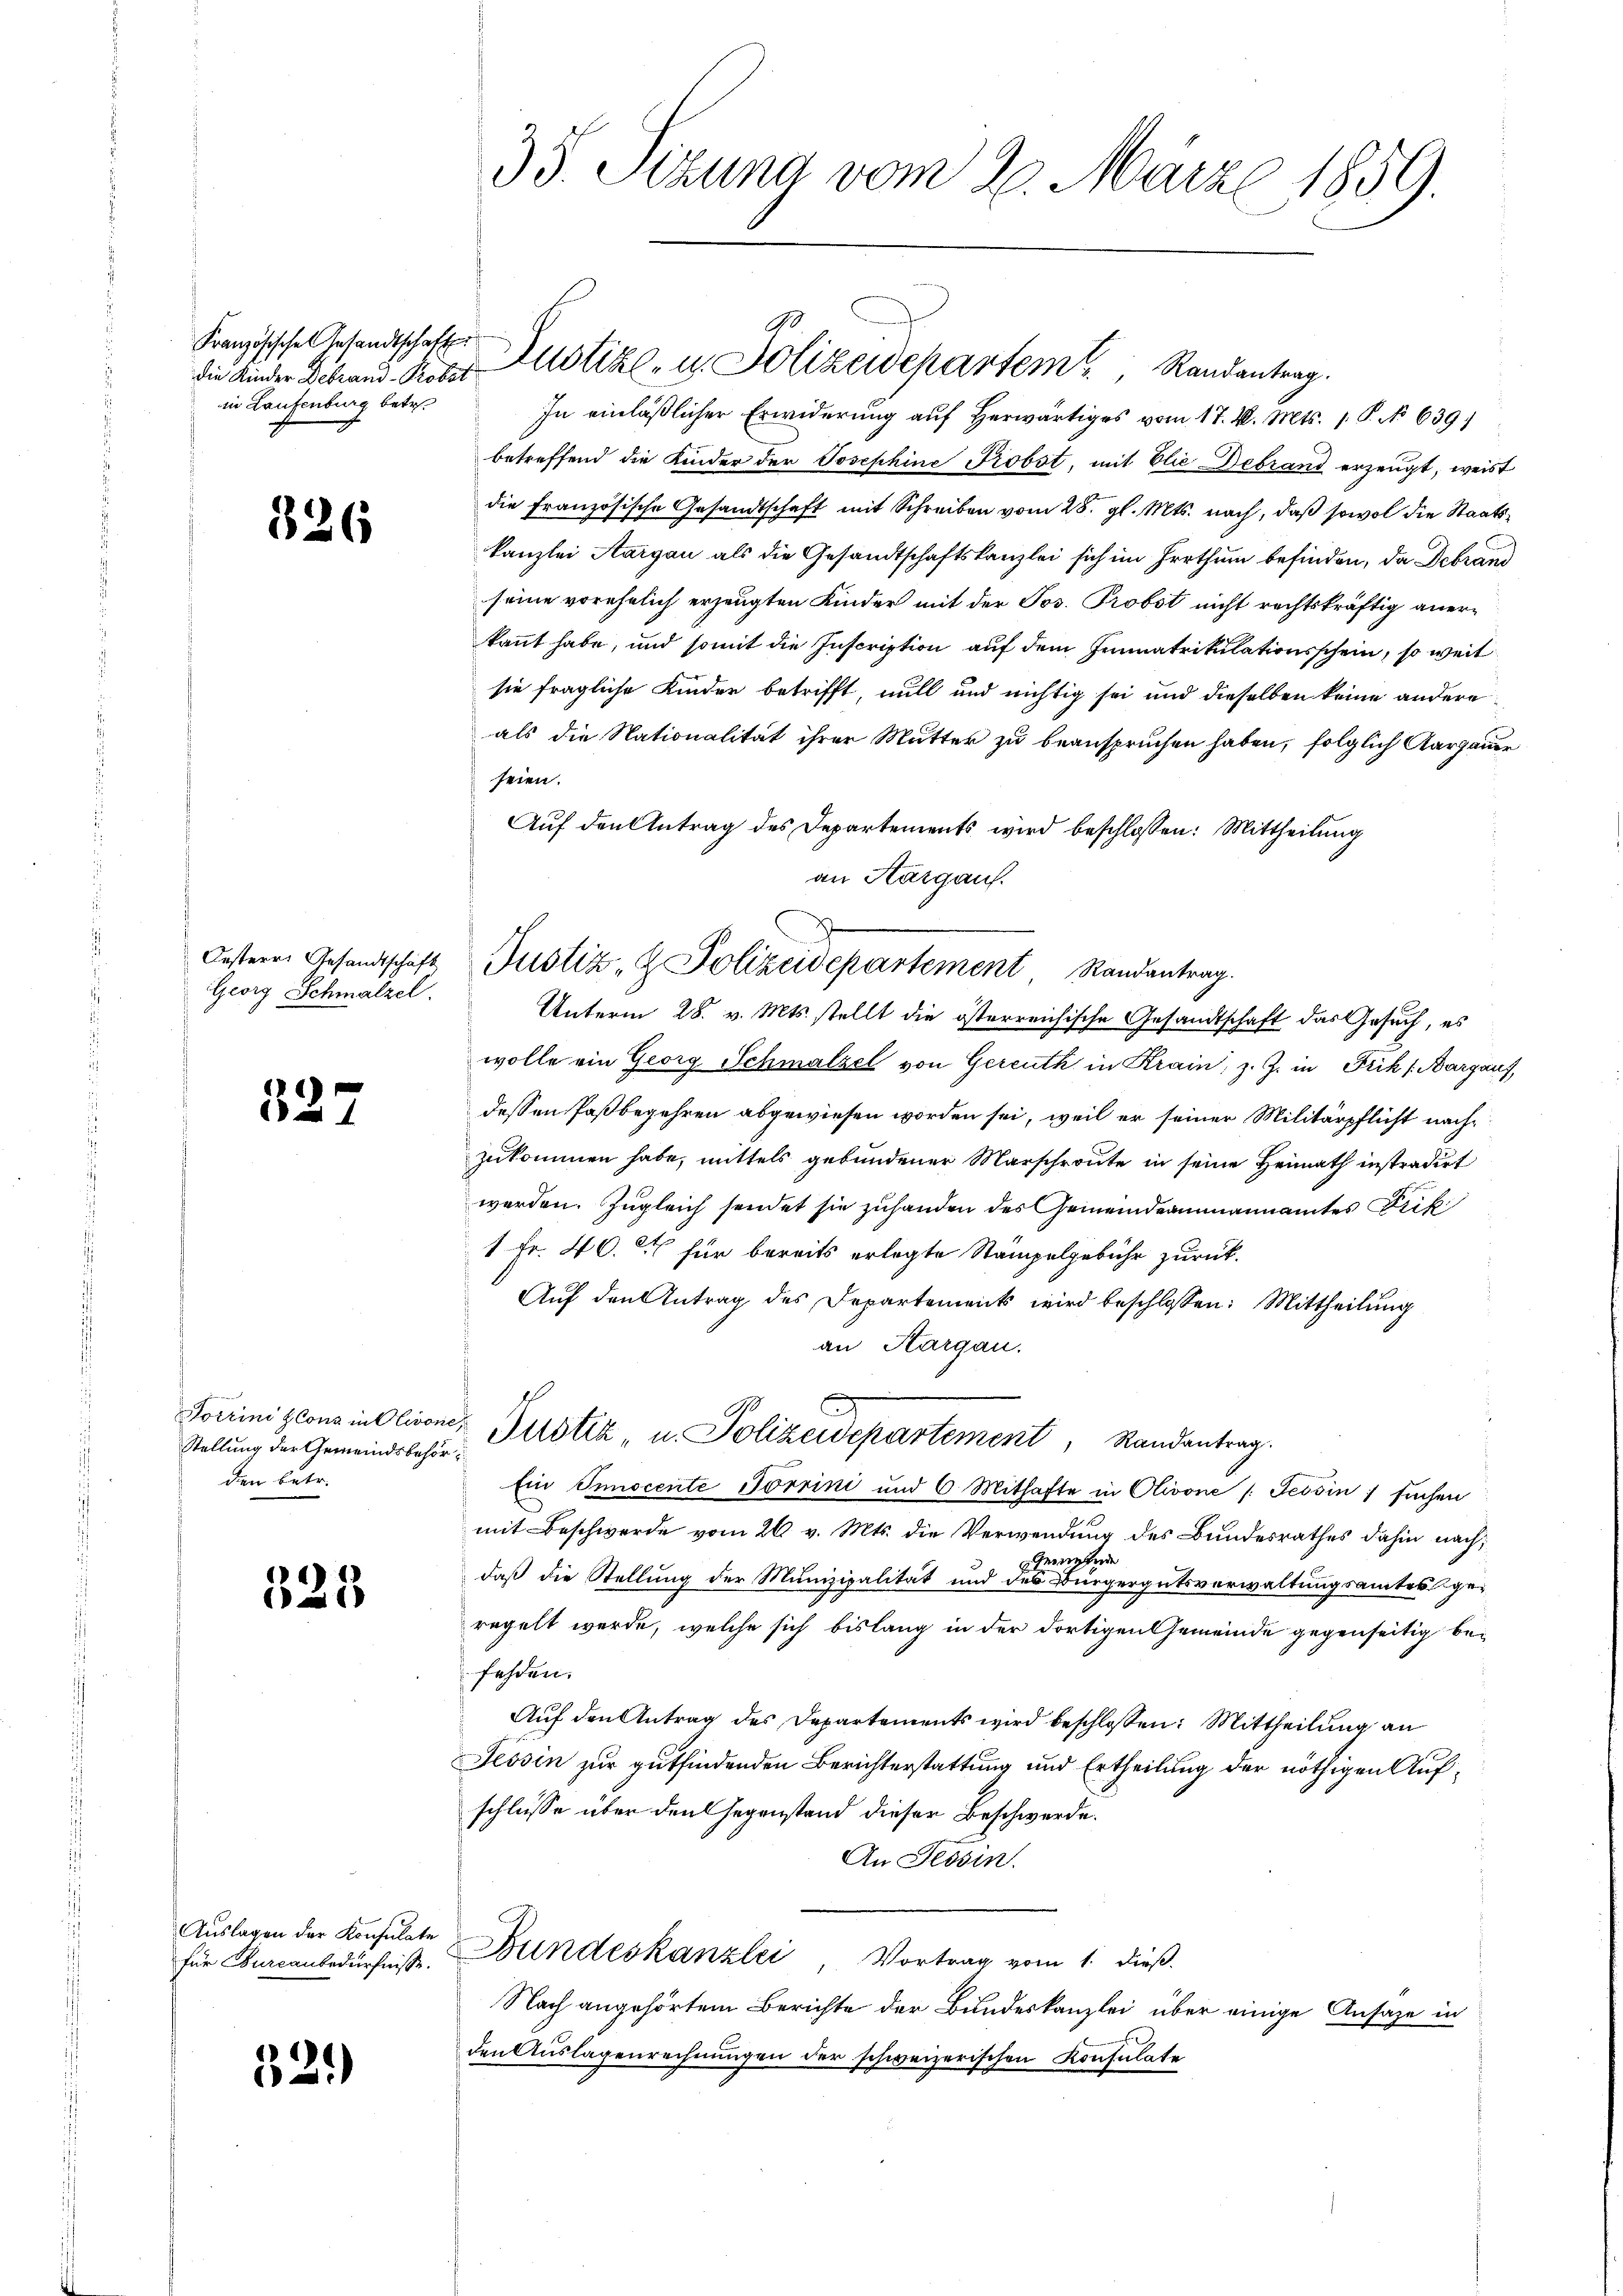
Franzischoses Gesandtschaften
in Laufenburg betr.

326

Oesterr. Gesandtschaft
Georg Schmalzel.

327

Stellung der Gemeindsbehört
den betr.

325

Auslagen der Konsulate
für Burcanbedürfnisse.

329)

35. Sitzung vom 20. März 1859.

90
die Kinder Debrand Probe Zustiz- u. Polizeidepartem Randantrag.

an Aargauf.
Justiz- & Polizeidepartement Randantrag.

In einläßlicher Erwiderung auf herwärtiges vom 17. d. Mts. 1. P. No 639.
betreffend die Kinder der Josephine Probst, mit Elie Debrand erzeugt, weist
die Französische Gesandtschaft mit Schreiben vom 28. gl. Mts. nach, daß sowol die Staatskanzlei Aargau als die Gesandtschaftskanzlei sich im Irrthum befinden, da Debrand
seine vorehelich erzeugten Kinder mit der Jos. Probst nicht rechtskräftig anerkannt habe, und somit die Inscription auf dem Immatrikulationsschein, so weit
sie fragliche Kinder betrifft, will und nichtig sei und dieselben keine andere
als die Nationalität ihrer Mutter zu beanspruchen haben, folglich Aargauer
seien.
Auf den Antrag des Departements wird beschlossen: Mittheilung
Unterm 28. v. Mts. stellt die österreichische Gesandtschaft das Gesuch, es
wolle ein Georg Schmalzel von Gereuth in Krain, z. Z. in Frik (Bargaus,
dessen Paßbegehren abgewiesen worden sei, weil er seiner Militärpflicht nachzukommen habe, mittels gebundener Marschroute in seine Heimath instradirt
werden. Zugleich sendet sie zuhanden des Gemeindeammannamtes Frik
1 Fr. 40. für bereits erlegte Stämpelgebühr zurück-
Auf den Antrag des Departements wird beschlossen: Mittheilung
an Aargau.
Porrinizlons in Olivone Justik, u. Polizeidepartement, Randantrag
Ein Innocente Torrini und 6 Mithafte in Olivone /: Tessin, suchen
mit Beschwerde vom 26. v. Mts. die Verwendung des Bundesrathes dahin nach,
Gemeinde
daß die Stellung der Munizipalität und des Bürgergutsverwaltungsamtes geregelt werde, welche sich bislang in der dortigen Gemeinde gegenseitig befahren.
Auf den Antrag des Departements wird beschlossen: Mittheilung an
Tessin zur gutfindenden Berichterstattung und Ertheilung der nöthigen Aufschlüsse über den Gegenstand dieser Beschwerde.
An Tessin.
Bundeskanzlei Vortrag vom 1. dieß.
Nach angehörtem Berichte der Bundeskanzlei über einige Ansage in
den Auslagenrechnungen der schweizerischen Konsulate